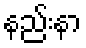
နည်းနာ